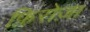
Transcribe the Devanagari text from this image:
फ़िरोज़ा